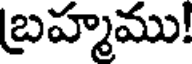
బ్రహ్మము!